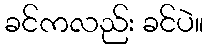
ခင်ကလည်း ခင်ပဲ။